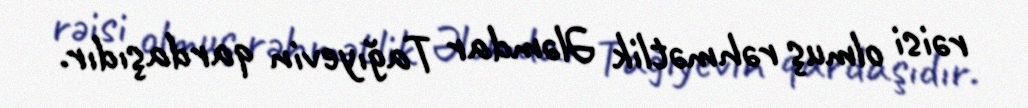
rəisi olmuş rəhmətlik Ələmdar Tağıyevin qardaşıdır.